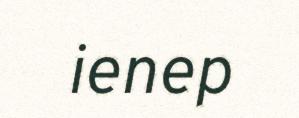
ienep